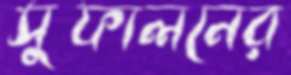
সুফালনের